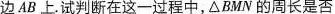
边 AB 上。试判断在这一过程中，△BMN的周长是否